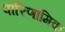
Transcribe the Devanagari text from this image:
पारिणामिक